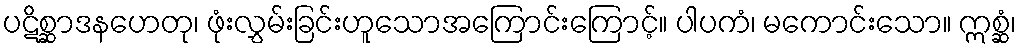
ပဋိစ္ဆာဒနဟေတု၊ ဖုံးလွှမ်းခြင်းဟူသောအကြောင်းကြောင့်။ ပါပကံ၊ မကောင်းသော။ ဣစ္ဆံ၊